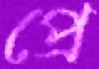
প্রে